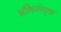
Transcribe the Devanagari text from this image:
भक्तिसंपृक्त